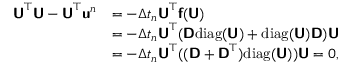
\begin{array} { r l } { \mathbf { \boldsymbol { \mathsf { U } } } ^ { \top } \mathbf { \boldsymbol { \mathsf { U } } } - \mathbf { \boldsymbol { \mathsf { U } } } ^ { \top } \mathbf { \boldsymbol { \mathsf { u } } } ^ { n } } & { = - \Delta t _ { n } \mathbf { \boldsymbol { \mathsf { U } } } ^ { \top } \mathbf { \boldsymbol { \mathsf { f } } } ( \mathbf { \boldsymbol { \mathsf { U } } } ) } \\ & { = - \Delta t _ { n } \mathbf { \boldsymbol { \mathsf { U } } } ^ { \top } ( \mathbf { \boldsymbol { \mathsf { D } } } \mathrm { d i a g } ( \mathbf { \boldsymbol { \mathsf { U } } } ) + \mathrm { d i a g } ( \mathbf { \boldsymbol { \mathsf { U } } } ) \mathbf { \boldsymbol { \mathsf { D } } } ) \mathbf { \boldsymbol { \mathsf { U } } } } \\ & { = - \Delta t _ { n } \mathbf { \boldsymbol { \mathsf { U } } } ^ { \top } ( ( \mathbf { \boldsymbol { \mathsf { D } } } + \mathbf { \boldsymbol { \mathsf { D } } } ^ { \top } ) \mathrm { d i a g } ( \mathbf { \boldsymbol { \mathsf { U } } } ) ) \mathbf { \boldsymbol { \mathsf { U } } } = 0 , } \end{array}